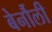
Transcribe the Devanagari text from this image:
बेर्नौली